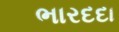
ભારદદા